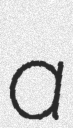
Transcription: a